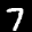
Label: 7